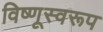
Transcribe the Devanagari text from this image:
विष्णूस्वरूप